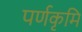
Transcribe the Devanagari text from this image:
पर्णकृमि